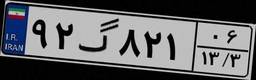
۹۲گ۸۲۱۰۶